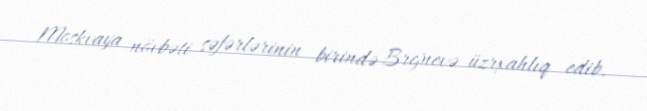
Moskvaya növbəti səfərlərinin birində Brejnevə üzrxahlıq edib.